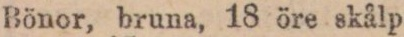
Bönor, bruna, 18 öre skålp.